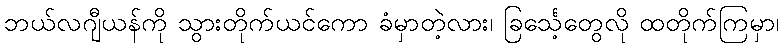
ဘယ်လဂျီယန်ကို သွားတိုက်ယင်ကော ခံမှာတဲ့လား၊ ခြင်္သေ့တွေလို ထတိုက်ကြမှာ၊